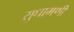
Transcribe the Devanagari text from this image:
सुधामणी